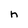
Character: h